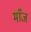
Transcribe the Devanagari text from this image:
माँज